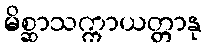
မိစ္ဆာသက္ကာယတ္တာနု